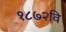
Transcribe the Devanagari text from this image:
१८७२वि